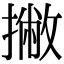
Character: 撇